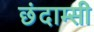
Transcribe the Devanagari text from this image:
छंदाम्सी